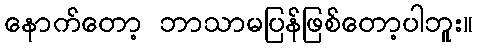
နောက်တော့ ဘာသာမပြန်ဖြစ်တော့ပါဘူး။